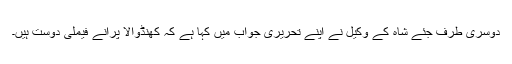
دوسری طرف جئے شاہ کے وکیل نے اپنے تحریری جواب میں کہا ہے کہ کھنڈوالا پرانے فیملی دوست ہیں۔